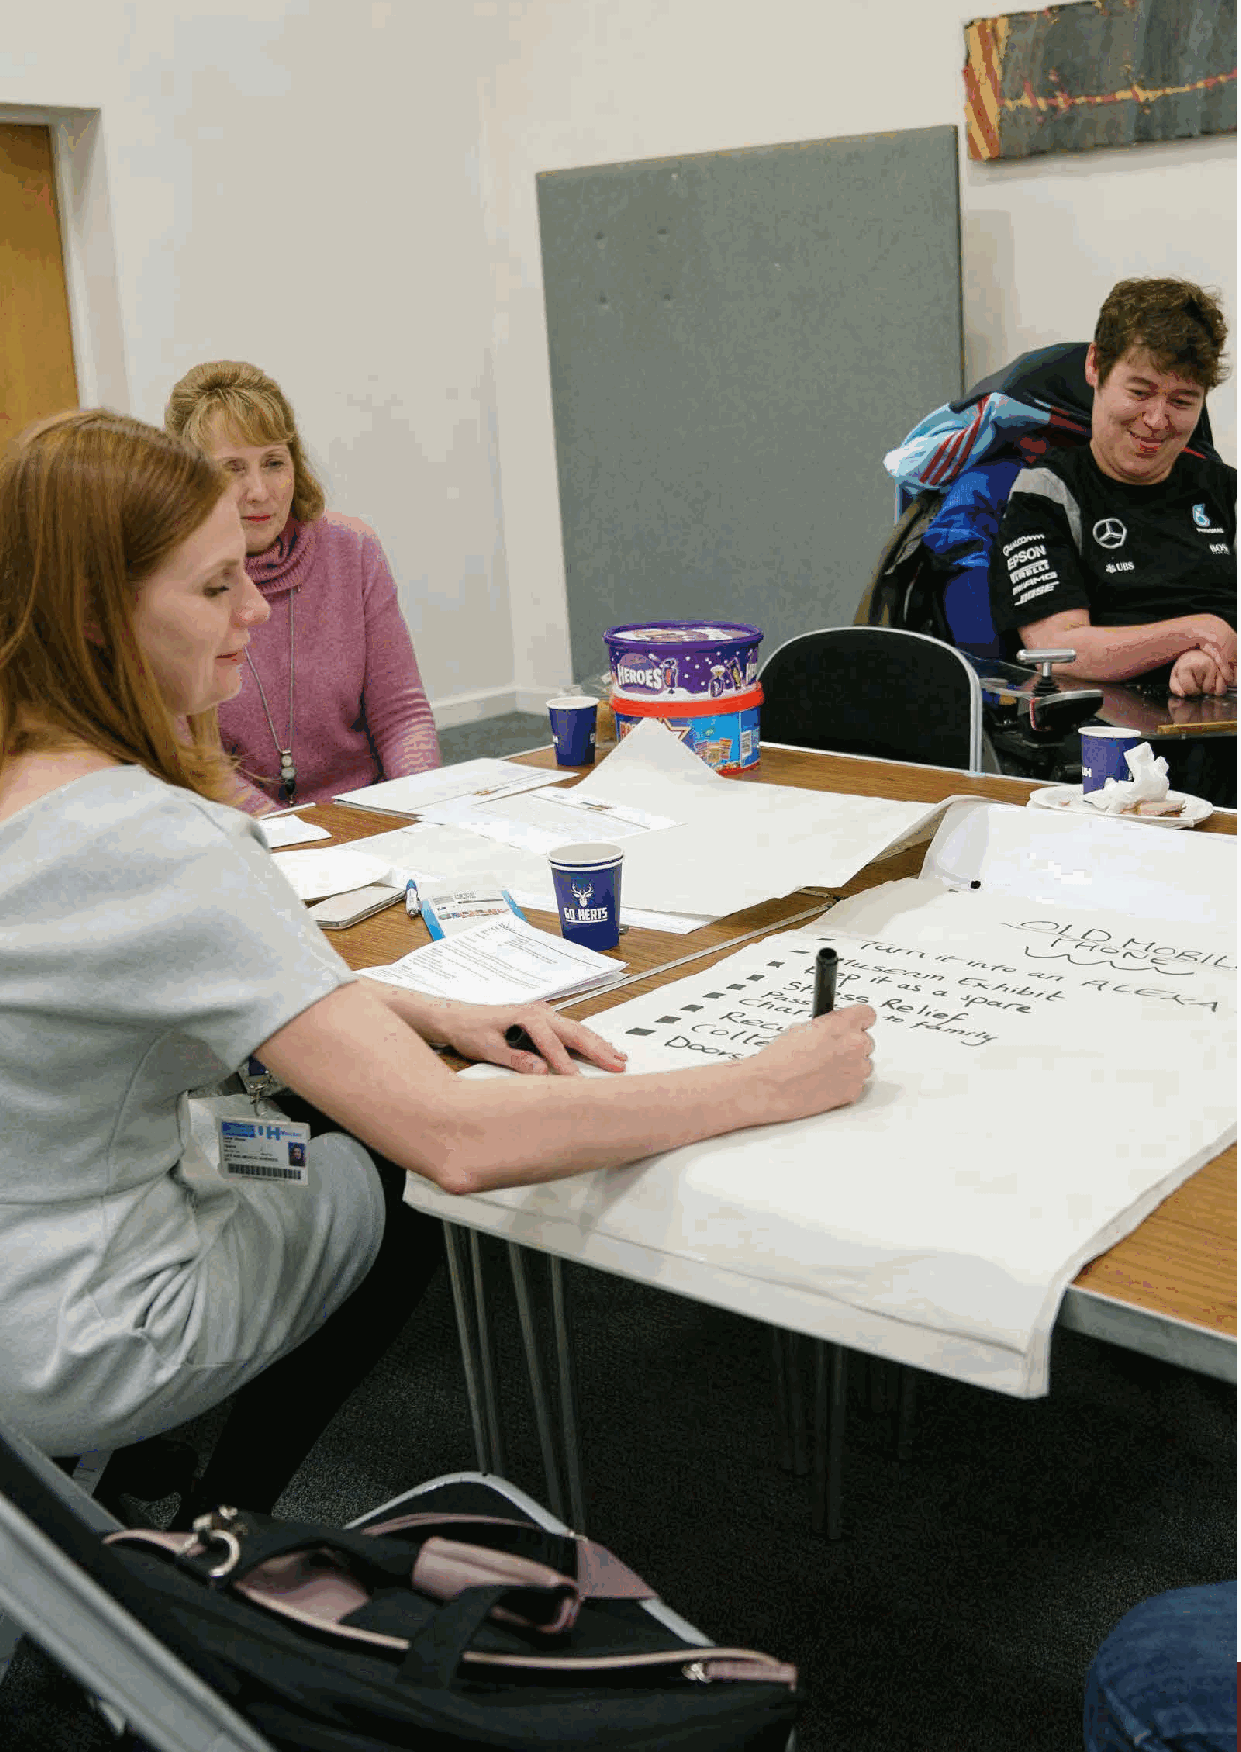
60                       ‘Inspiring Hearts, Engaging Minds’ (IHEM) Pilot Programme
 IHEM-Evaluation-Summary-Report_Brand Compliant.indd 60                  29/09/2020 06:59:36